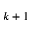
k + 1